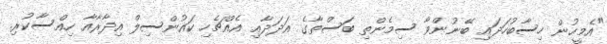
"އެމީހުން ހިސާބުހަދައި ބޭނުންވާ ސިމެންތި ބަސްތާގެ އަދަދާއި އެއްޗެހި ކައުންސިލް އިދާރާއާ ހިއްސާކުރި.